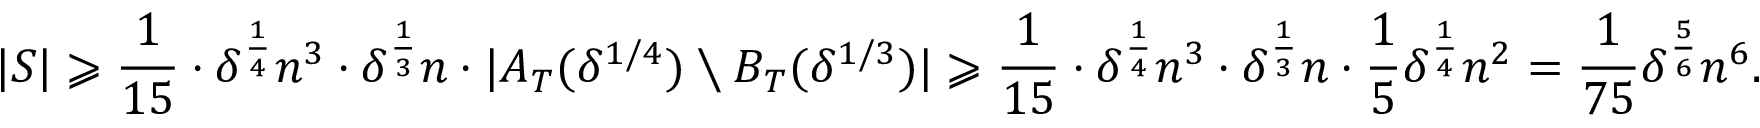
| S | \geqslant \frac { 1 } { 1 5 } \cdot \delta ^ { \frac { 1 } { 4 } } n ^ { 3 } \cdot \delta ^ { \frac { 1 } { 3 } } n \cdot | A _ { T } ( \delta ^ { 1 / 4 } ) \setminus B _ { T } ( \delta ^ { 1 / 3 } ) | \geqslant \frac { 1 } { 1 5 } \cdot \delta ^ { \frac { 1 } { 4 } } n ^ { 3 } \cdot \delta ^ { \frac { 1 } { 3 } } n \cdot \frac { 1 } { 5 } \delta ^ { \frac { 1 } { 4 } } n ^ { 2 } = \frac { 1 } { 7 5 } \delta ^ { \frac { 5 } { 6 } } n ^ { 6 } .